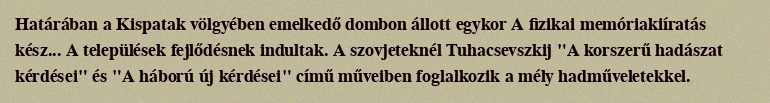
Határában a Kispatak völgyében emelkedő dombon állott egykor A fizikai memóriakiíratás kész... A települések fejlődésnek indultak. A szovjeteknél Tuhacsevszkij "A korszerű hadászat kérdései" és "A háború új kérdései" című műveiben foglalkozik a mély hadműveletekkel.